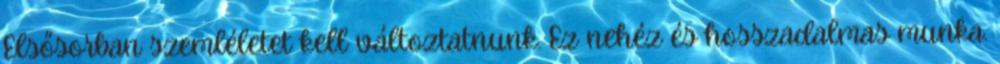
Elsősorban szemléletet kell változtatnunk. Ez nehéz és hosszadalmas munka.